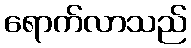
ရောက်လာသည်